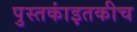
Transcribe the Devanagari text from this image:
पुस्तकांइतकीच